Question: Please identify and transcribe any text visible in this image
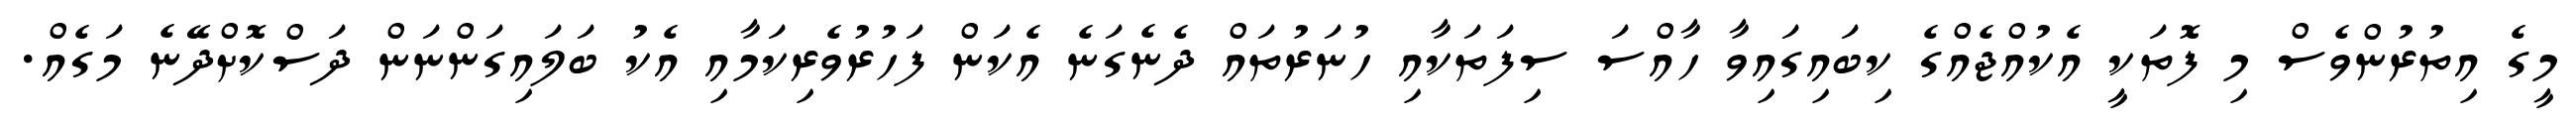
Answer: މީގެ އިތުރުންވެސް މި ފޮތަކީ އެކުއްޖެއްގެ ކިބައިގައިވާ ހާއްސަ ސިފަތަކާއި ހުނަރުތައް ދެނެގަނެ އެކަން ފަހުރުވެރިކަމާއި އެކު ބަލައިގަންނަން ދަސްކޮށްދޭނެ މަގެއް.